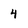
Character: 4